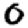
Digit: 0